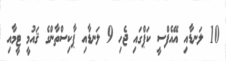
10 ލަނޑާއި އޭއެފްސީ ކަޕްގައި ޖެހި 9 ލަނޑާއި ޕާކިސްތާންގެ ޤައުމީ ޓީމާއި